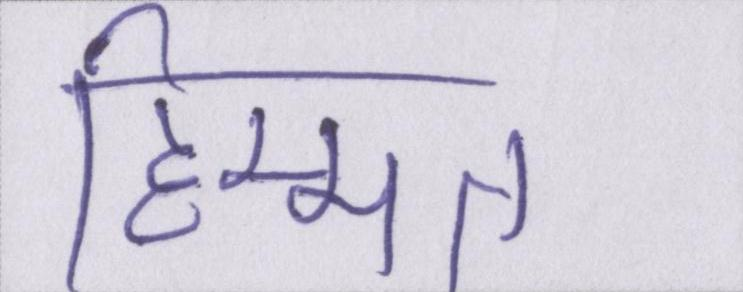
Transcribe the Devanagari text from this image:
हिम्मत